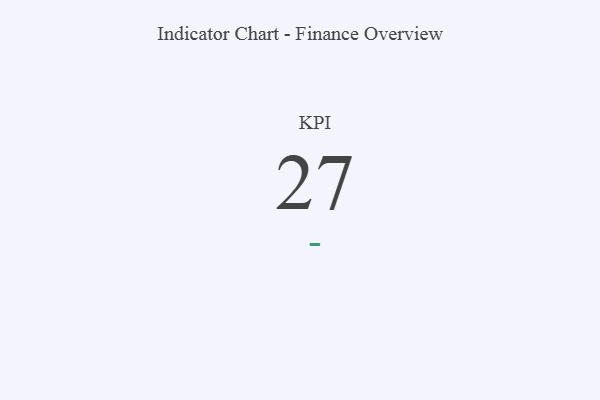
{"axis": {"x": "KPI", "y": "Value"}, "legend": [""], "data": [{"x": "KPI", "y": 27, "type": ""}]}